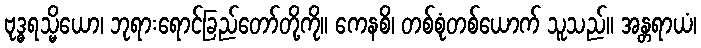
ဗုဒ္ဓရသ္မိယော၊ ဘုရားရောင်ခြည်တော်တို့ကို။ ကေနစိ၊ တစ်စုံတစ်ယောက် သူသည်။ အန္တရာယံ၊